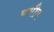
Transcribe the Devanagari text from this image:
कपील